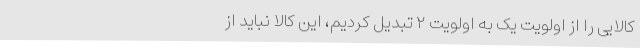
کالایی را از اولویت یک به اولویت ۲ تبدیل کردیم، این کالا نباید از